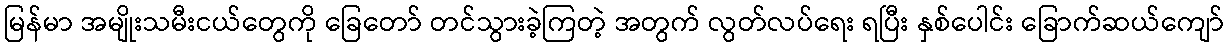
မြန်မာ အမျိုးသမီးငယ်တွေကို ခြေတော် တင်သွားခဲ့ကြတဲ့ အတွက် လွတ်လပ်ရေး ရပြီး နှစ်ပေါင်း ခြောက်ဆယ်ကျော်